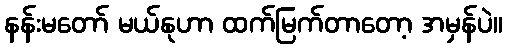
နန်းမတော် မယ်နုဟာ ထက်မြက်တာတော့ အမှန်ပဲ။